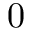
0